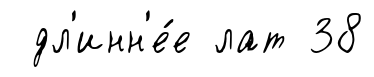
дл'инн'е́е лат 38